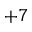
+ 7